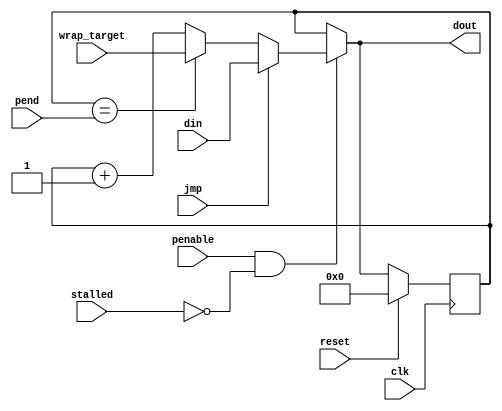
// This program was cloned from: https://github.com/lawrie/fpga_pio
// License: BSD 2-Clause "Simplified" License

// SPDX-FileCopyrightText: 2022 Lawrie Griffiths
// SPDX-License-Identifier: BSD-2-Clause

`default_nettype none
module pc (
  input        clk,
  input        penable,
  input        reset,
  input [4:0]  din,
  input        jmp,
  input [4:0]  pend,
  input        stalled,
  input [4:0]  wrap_target,
  output [4:0] dout
);

  reg [4:0] index = 0;

  assign dout = (penable && !stalled) ? (jmp ? din : index == pend ? wrap_target : index + 1) : index;

  always @(posedge clk) begin
    if (reset)
      index <= 0;
    else if (penable && !stalled) begin
      if (jmp)
        index <= din;
      else
        index <= index == pend ? wrap_target : index + 1;
    end
  end

endmodule